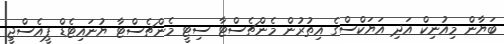
ބަޔާން މިއުނިކް އަދި އަޔަކްސްގެ އިތުރުން މެންޗެސްޓާ ސިޓީ މެންޗެސްޓާ ޔުނައިޓެޑް ޕީއެސްޖީ